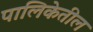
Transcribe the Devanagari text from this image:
पालिकेतील